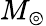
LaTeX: M_{\circledcirc}